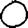
Digit: 0